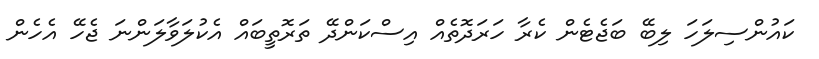
ކައުންސިލަހަ ލިބޭ ބަޖެޓެން ކެރާ ހަރަދޮތެއް އިސްކަންދޭ ތަރޮތީބައް އެކުލަވާލަންނަ ޖެހޭ އެހެން